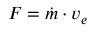
F = { \dot { m } } \cdot v _ { e }